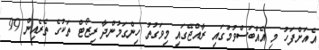
އެއަށްފަހު މި އެއްބަސްވުމުގައި ރާއްޖޭގައި މިވަގުތު ހިންގަމުންދާ ރިޒޯޓް ތަކުގެ ތެރެއިން 99